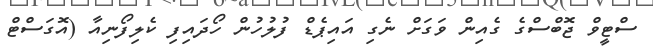
ސްޓީވް ޖޮބްސްގެ ގެއިން ވަގަށް ނެގި އައިޕެޑް ފުލުހުން ހޯދައިފި ކެލިފޯނިއާ (އޮގަސްޓް